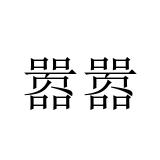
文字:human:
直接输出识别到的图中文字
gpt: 嚣嚣